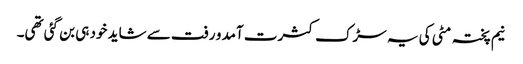
نیم پختہ مٹی کی یہ سڑک کثرت آمد و رفت سے شاید خود ہی بن گئی تھی۔